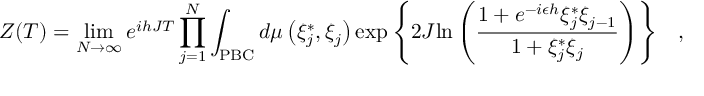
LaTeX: Z ( T ) = \operatorname * { l i m } _ { N \rightarrow \infty } e ^ { i h J T } \prod _ { j = 1 } ^ { N } \int _ { \mathrm { P B C } } { { d \mu \left( { \xi _ { j } ^ { * } , \xi _ { j } } \right) } \exp \left\{ { 2 J { \ln \left( { { \frac { 1 + e ^ { - i \epsilon h } \xi _ { j } ^ { * } \xi _ { j - 1 } } { 1 + \xi _ { j } ^ { * } \xi _ { j } } } } \right) } } \right\} } \quad ,